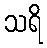
သရိ